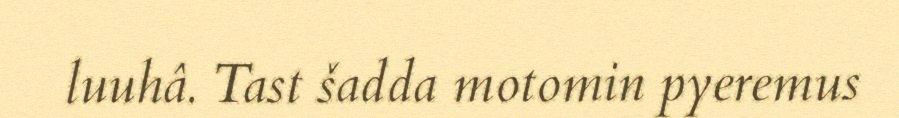
luuhâ. Tast šadda motomin pyeremus